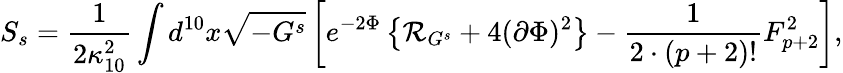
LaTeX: S_{s}={\frac{1}{2\kappa_{10}^{2}}}\int d^{10}x\sqrt{-G^{s}}\left[e^{-2\Phi}\left\{ {\cal R}_{G^{s}}+4(\partial\Phi)^{2}\right\} -{\frac{1}{2\cdot(p+2)!}}F_{p+2}^{2}\right],